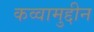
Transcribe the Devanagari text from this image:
कव्वामुद्दीन